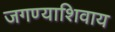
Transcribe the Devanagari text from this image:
जगण्याशिवाय